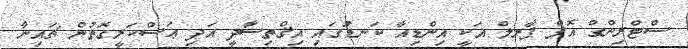
ސްޓްރިންގް އޮފް ޕާރލް އަކީ އިންޑިއާ ކަނޑުގައި އިޤްތިސާދީ އަދި ޢަސްކަރީގޮތުން ޗައިނާ